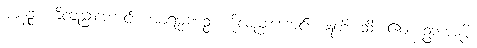
ဈာနဉ္စ၊ ကိုလည်းကောင်း။ အာရမ္မဏဉ္စ၊ ကိုလည်းကောင်း။ ဣတိ၊ သို့။ ဧတံ ဥဘယမ္ပိ၊